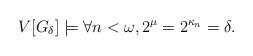
LaTeX: \begin{align*}V[G_\delta] \models \forall n< \omega, 2^\mu = 2^{\kappa_n} =\delta.\end{align*}